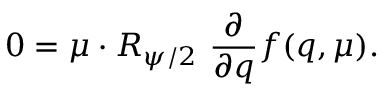
0 = \mu \cdot R _ { \psi / 2 } \ { \frac { \partial } { \partial q } } f ( q , \mu ) .